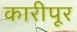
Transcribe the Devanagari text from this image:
कारीपूर